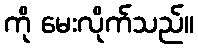
ကို မေးလိုက်သည်။